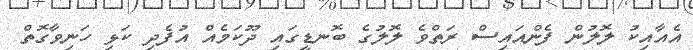
އެއާއިކު ލޮލުން ފެންއައިސް ރަތްވެ ލޮލުގެ ބޮނޑީގައި ދޫކަމެއް އުފެދި ކަޅި ހަނިވާގޮތް